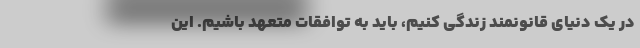
در یک دنیای قانونمند زندگی کنیم، باید به توافقات متعهد باشیم. این